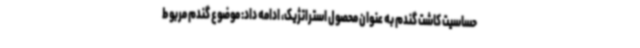
حساسیت کاشت گندم به عنوان محصول استراتژیک، ادامه داد: موضوع گندم مربوط